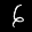
Label: 6